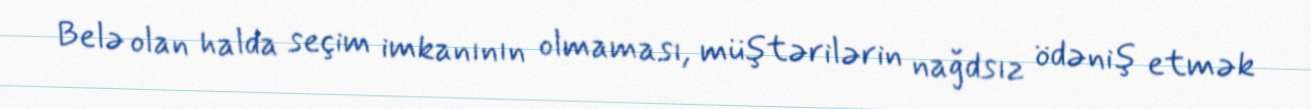
Belə olan halda seçim imkanının olmaması, müştərilərin nağdsız ödəniş etmək